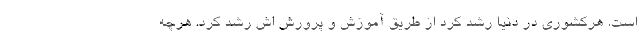
است. هرکشوری در دنیا رشد کرد از طریق آموزش و پرورش اش رشد کرد. هرچه